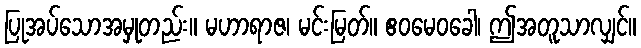
ပြုအပ်သောအမှုတည်း။ မဟာရာဇ၊ မင်းမြတ်။ ဧဝမေဝခေါ၊ ဤအတူသာလျှင်။